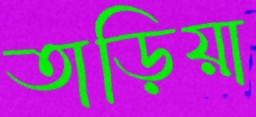
তাড়িয়া